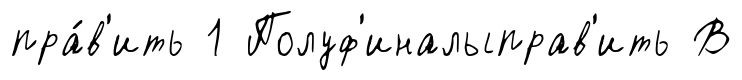
пра́в'ить 1 Полуф'иналыправ'ить В